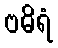
ဗဓိရံ